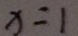
x = 1